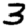
Digit: 3